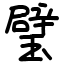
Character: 璧